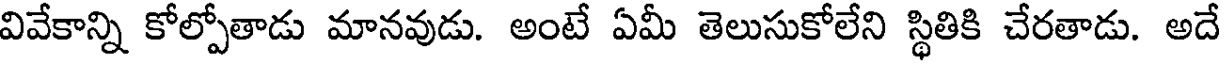
వివేకాన్ని కోల్పోతాడు మానవుడు. అంటే ఏమీ తెలుసుకోలేని స్థితికి చేరతాడు. అదే